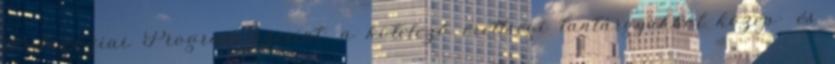
Pedagógiai Program szerint: a kötelező érettségi tantárgyakból közép- és